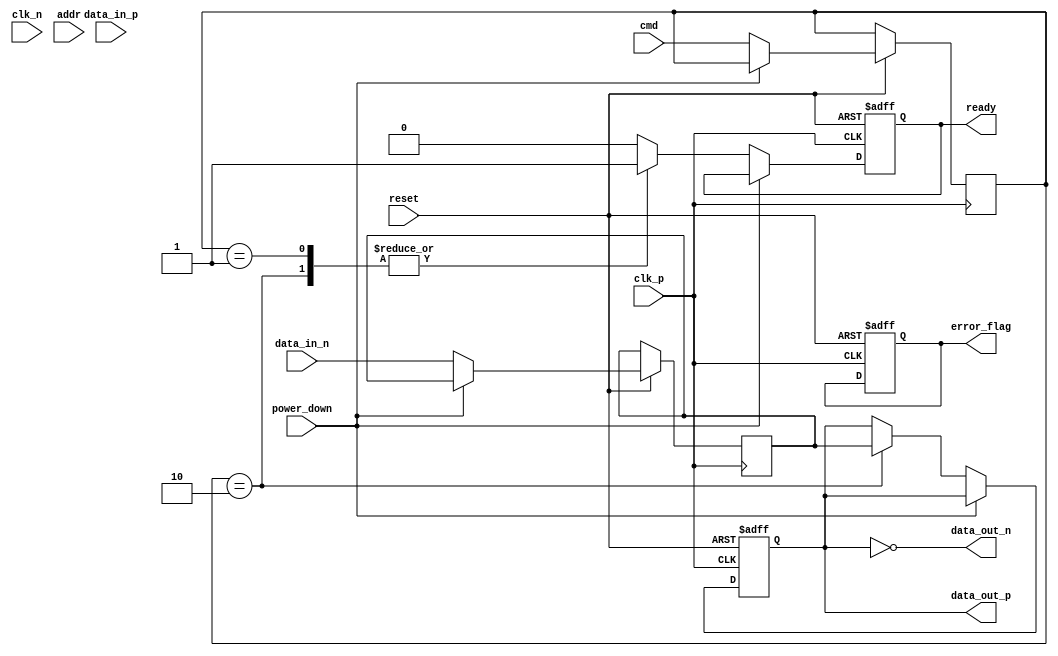
module gddr4_io_block (
    input wire clk_p,                // Differential clock positive
    input wire clk_n,                // Differential clock negative
    input wire [15:0] data_in_p,     // Differential data inputs (16 lanes)
    input wire [15:0] data_in_n,
    output wire [15:0] data_out_p,    // Differential data outputs (16 lanes)
    output wire [15:0] data_out_n,
    input wire [3:0] cmd,            // Command signals
    input wire [15:0] addr,           // Address signals
    input wire reset,                 // Reset signal
    input wire power_down,            // Power down signal
    output wire ready,                // Ready signal
    output wire error_flag            // Error detection flag
);

    // Internal signals
    reg [15:0] data_out;
    reg [15:0] data_in;
    reg [3:0] cmd_reg;
    reg [15:0] addr_reg;
    reg ready_reg;
    reg error_reg;

    // Clocking block
    wire clk;
    assign clk = clk_p; // Simplified for single-ended use

    // Data transfer logic
    always @(posedge clk or negedge reset) begin
        if (!reset) begin
            data_out <= 16'b0;
            ready_reg <= 1'b0;
            error_reg <= 1'b0;
        end else if (!power_down) begin
            // Sample data on rising edge
            data_in <= {data_in_p[15:0], data_in_n[15:0]};
            // Process commands
            cmd_reg <= cmd;
            addr_reg <= addr;

            // Example command processing
            case (cmd_reg)
                4'b0001: begin // Read command
                    // Implement read logic here
                    ready_reg <= 1'b1; // Indicate ready
                end
                4'b0010: begin // Write command
                    // Implement write logic here
                    data_out <= data_in; // Example write
                    ready_reg <= 1'b1; // Indicate ready
                end
                default: begin
                    ready_reg <= 1'b0; // Not ready for other commands
                end
            endcase
        end
    end

    // Output assignments
    assign data_out_p = data_out; // Simplified for single-ended use
    assign data_out_n = ~data_out; // Inversion for differential signaling
    assign ready = ready_reg;
    assign error_flag = error_reg; // Placeholder for error detection logic

    // Power management and termination logic can be added here

endmodule